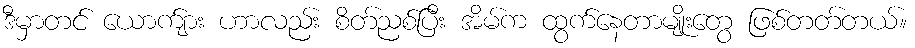
ဒီမှာတင် ယောက်ျား ဟာလည်း စိတ်ညစ်ပြီး အိမ်က ထွက်နေတာမျိုးတွေ ဖြစ်တတ်တယ်။